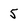
Character: 5